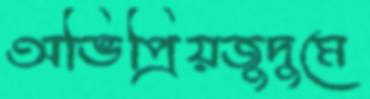
অভিপ্রিয়জুদুমে